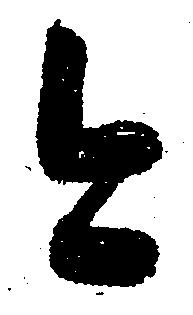
今